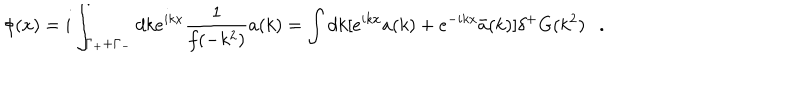
LaTeX: \phi ( x ) = i \int _ { \Gamma _ { + } + \Gamma _ { - } } d k e ^ { i k x } \frac { 1 } { f ( - k ^ { 2 } ) } a ( k ) = \int d k [ e ^ { i k x } a ( k ) + e ^ { - i k x } \bar { a } ( k ) ] \delta ^ { + } G ( k ^ { 2 } ) .